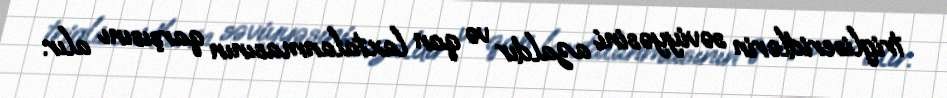
trigliseridlərin səviyyəsini azaldır və qan laxtalanmasının qarşısını alır.